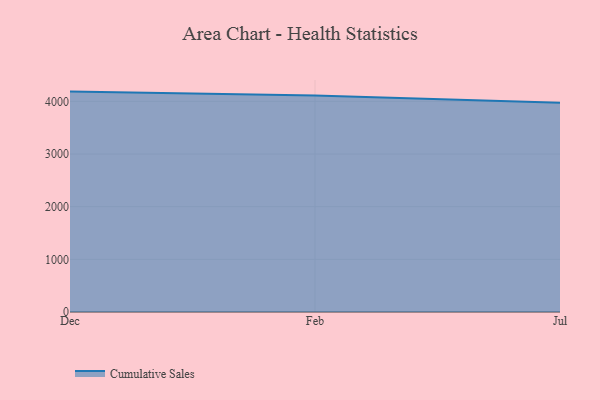
{"axis": {"x": "Month", "y": "LTV (USD)"}, "legend": ["Cumulative Sales"], "data": [{"x": "Dec", "y": 4185.5, "type": "Cumulative Sales"}, {"x": "Feb", "y": 4109.4, "type": "Cumulative Sales"}, {"x": "Jul", "y": 3974.7, "type": "Cumulative Sales"}]}